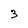
Character: 3